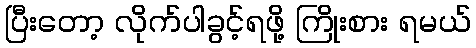
ပြီးတော့ လိုက်ပါခွင့်ရဖို့ ကြိုးစား ရမယ်